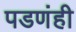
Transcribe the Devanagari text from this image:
पडणंही